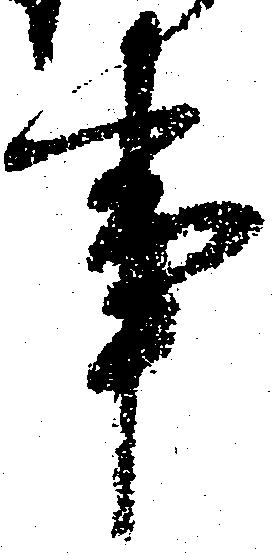
事